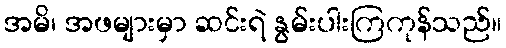
အမိ၊ အဖများမှာ ဆင်းရဲ နွမ်းပါးကြကုန်သည်။